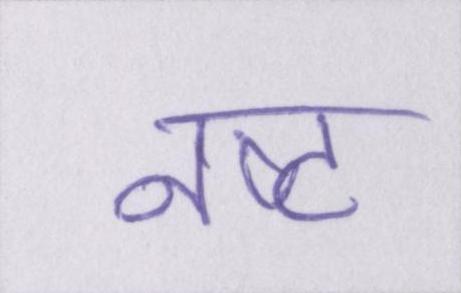
नष्ट